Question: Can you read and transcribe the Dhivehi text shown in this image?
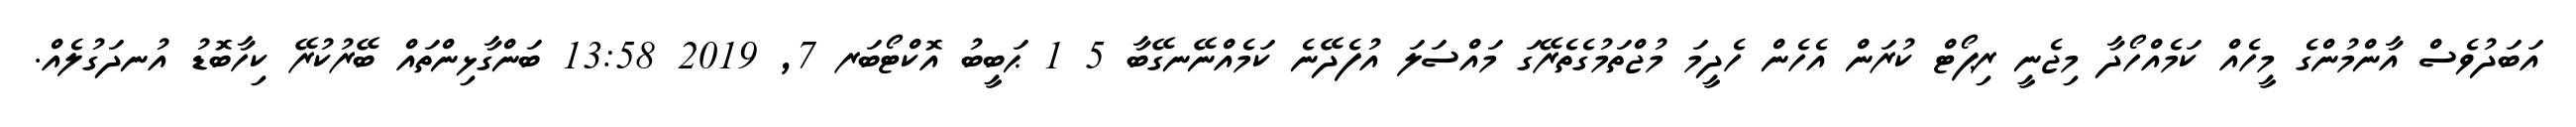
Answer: އަބަދުވެސް އާންމުންގެ މީހެއް ކަމެއްހޯދާ މިޖެނީ ރިޕޯޓް ކުރަން އެހެން ހެދީމަ މުޖްތަމުގެތެރޭގަ މައްސަލަ އުފެދޭނެ ކަމެއްނޭނގޭބާ 5 1 ޙަބީބު އޮކްޓޯބަރ 7, 2019 13:58 ބަންގާޅިންތައް ބޭރުކުރޭ ކިހާބޮޑު އުނދަގުލެއް.